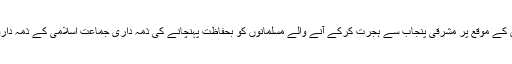
برصغیر کی آزادی کے موقع پر مشرقی پنجاب سے ہجرت کرکے آنے والے مسلمانوں کو بحفاظت پہنچانے کی ذمہ داری جماعت اسلامی کے ذمہ داروں نے اٹھالی تھی۔